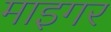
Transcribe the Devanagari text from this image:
माइगर